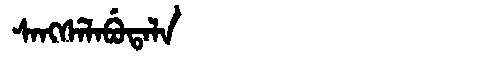
Manchu: ᠰᠠᠩᠰᡝᠯᠠᠪᡠᡨᠠᠯᠠ
Romanization: SANGSELABUTALA